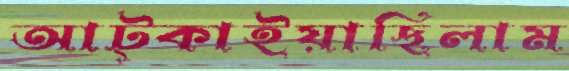
আট্‌কাইয়াছিলাম